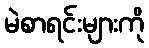
မဲစာရင်းများကို